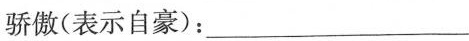
骄傲(表示自豪)：___